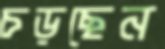
চড়ছেন